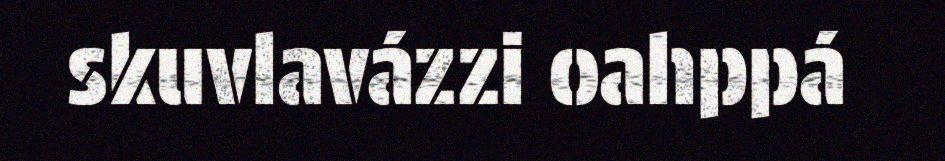
skuvlavázzi oahppá